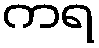
ကရ